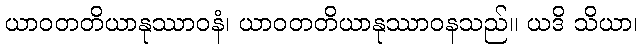
ယာဝတတိယာနုဿာဝနံ၊ ယာဝတတိယာနုဿာဝနသည်။ ယဒိ သိယာ၊